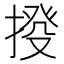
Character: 𢯸